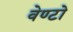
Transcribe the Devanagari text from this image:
वेण्टो